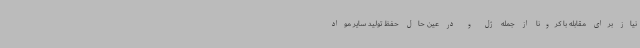
نیاز برای مقابله با کرونا از جمله ژل و در عین حال حفظ تولید سایر مواد